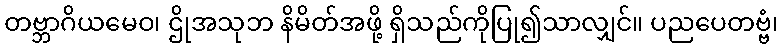
တဗ္ဘာဂိယမေဝ၊ ဌိုအသုဘ နိမိတ်အဖို့ ရှိသည်ကိုပြု၍သာလျှင်။ ပညပေတဗ္ဗံ၊